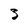
Character: 3